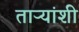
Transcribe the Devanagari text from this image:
ताऱ्यांशी